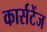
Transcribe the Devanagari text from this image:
कार्सटेंज